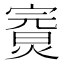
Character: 𤍘